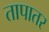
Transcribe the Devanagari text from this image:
तापातर